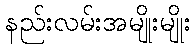
နည်းလမ်းအမျိုးမျိုး